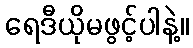
ရေဒီယိုမဖွင့်ပါနဲ့။